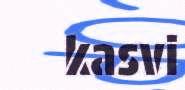
kasvi